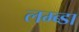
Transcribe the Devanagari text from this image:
लम्ब्डा